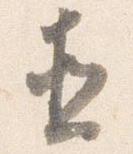
直